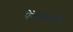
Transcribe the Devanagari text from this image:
पेरेस्त्रोयका